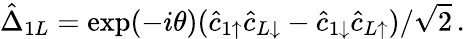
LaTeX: \hat{\Delta}_{1L}=\exp(-i\theta)(\hat{c}_{1\uparrow}\hat{c}_{L\downarrow}-\hat{c}_{1\downarrow}\hat{c}_{L\uparrow})/\sqrt{2}\, .